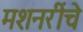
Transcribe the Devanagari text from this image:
मशनरींचे